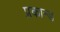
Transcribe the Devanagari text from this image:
प्रकान्ड